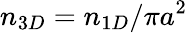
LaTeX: n_{3D}=n_{1D}/\pi a^{2}